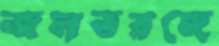
জলতরঙ্গে